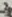
Text: 3